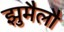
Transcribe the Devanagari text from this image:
झुमैलौ